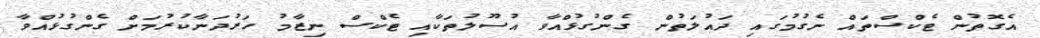
އެގޮތުން ޓެކްސްތައް ނެގުމުގައި ދައުލަތުން ގެންގުޅުއްވާ އުސޫލުތަކާއި ޓެކްސް ނިޒާމު ހަރުދަނާކުރުމަށް ގެންގުޅުއްވާ